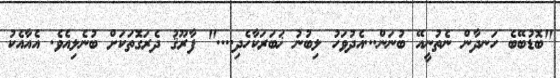
"ބޮޑުބޭބެ ހަނދާން ނެތުނީއޭ ބުނަން...އެދުވަހު ލިބުނު ޚަބަރަކާހެދި...." ފާރޫޤު ދެރަގޮތަކަށް ބުނެލިއެވެ. އެއާއެކު